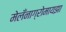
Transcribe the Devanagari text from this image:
मेलँनाग्रोमायझा